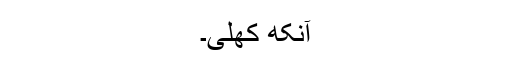
آنکھ کھلی۔